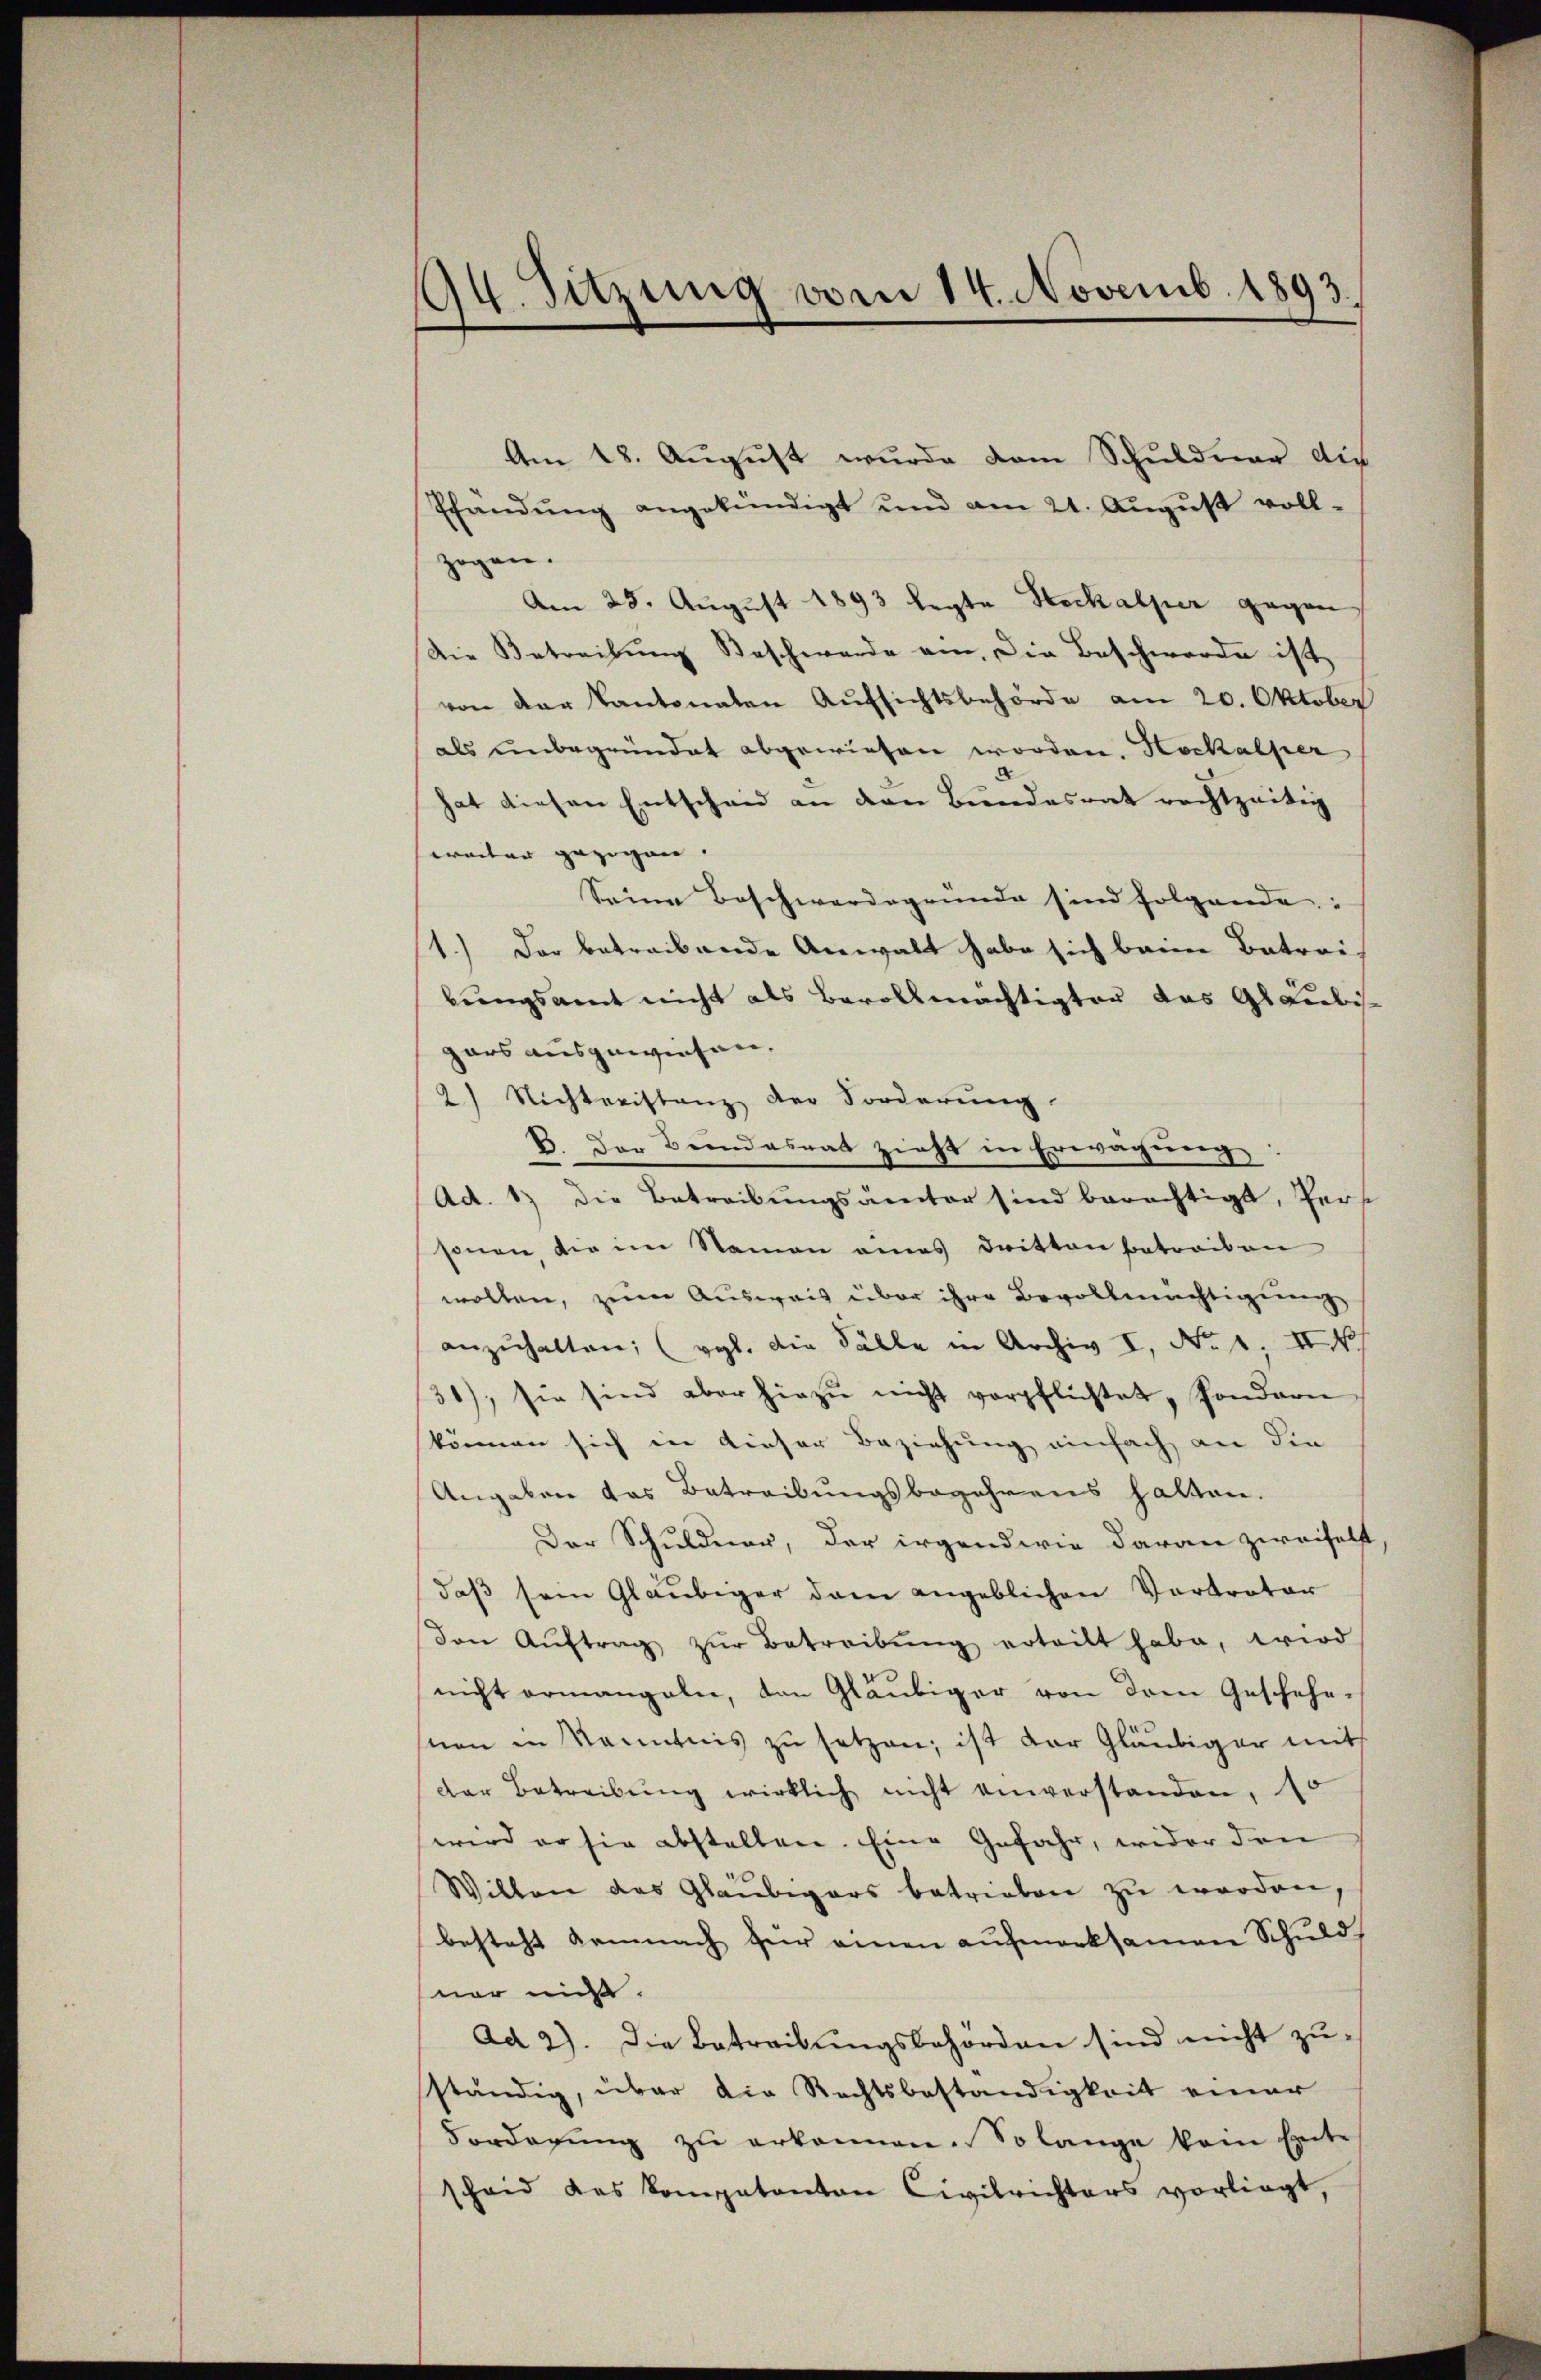
194. Sitzung vom 14. Novemb. 1893.

Am 18. August wurde dem Schuldner die
Pfandŭng angekündigt und am 21. Aŭgŭst voll-
zogen.
Am 28. August 1893 legte Hochalper gegen
Die Betreibung Beschwerde am die Beschwerde ist
von der Kantonalen Aŭfsichtsbehörde am 20. Oktober
als unbegründet abgewiesen worden. Hochalper
hat diesen Entscheid an den Bundesrat rechtzeitig
weiter gezogen. |
Seine Beschwerdegründe sind folgende:
1.) Der betreibende Anwalt habe sich beim Betreibungsamt nicht als Bevollmächtigter das Gläubi
gars ausgewiesen.
2) Nichteristanz der Forderung
B. Der Bundesrat zieht in Erwägung
Ad. 1) die Betreibungsämter sind berechtigt, Pers
sonen die im Namen eines Dritten betreiben
wollen, zum Ausweis über ihre Bevollmächtigung
anzŭhalten; (vgl. die Fälle in Archiv I, No. 1. II. N
31), sie sind aber hiezŭ nicht verpflichtet, sondern
können sich in dieser Beziehung einfach an die
Angaben das Betreibungsbegehrens hatten.
Der Schuldner, der irgendwie daran zweifelt
daß sein Gläubiger dem angeblichen Vertrator
den Aŭftrag zŭr Betreibŭng erteilt habe, wird
nicht ermangeln, den Gläubiger von dem Geschehe-
sion in Kenntnis zu setzen, ist der Gläubiger mit
der Betreibŭng wirklich nicht einverstanden, 10
wird er sie abstellen. Eine Gefahr, wider den
Willen das Gläubigers betrieben zŭ worden,
besteht demnach für einen aufmerksamen Schuld
nor mich.
Ad 2). Die Betreibungsbehörden sind nicht zuständig, über die Rechtsbeständigkeit einer
Vorderŭng zŭ erkannen. Solange kein Ente
scheid das kompetenten Civilrichters vorliegt,